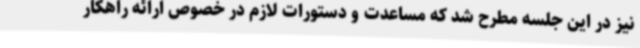
نیز در این جلسه مطرح شد که مساعدت و دستورات لازم در خصوص ارائه راهکار